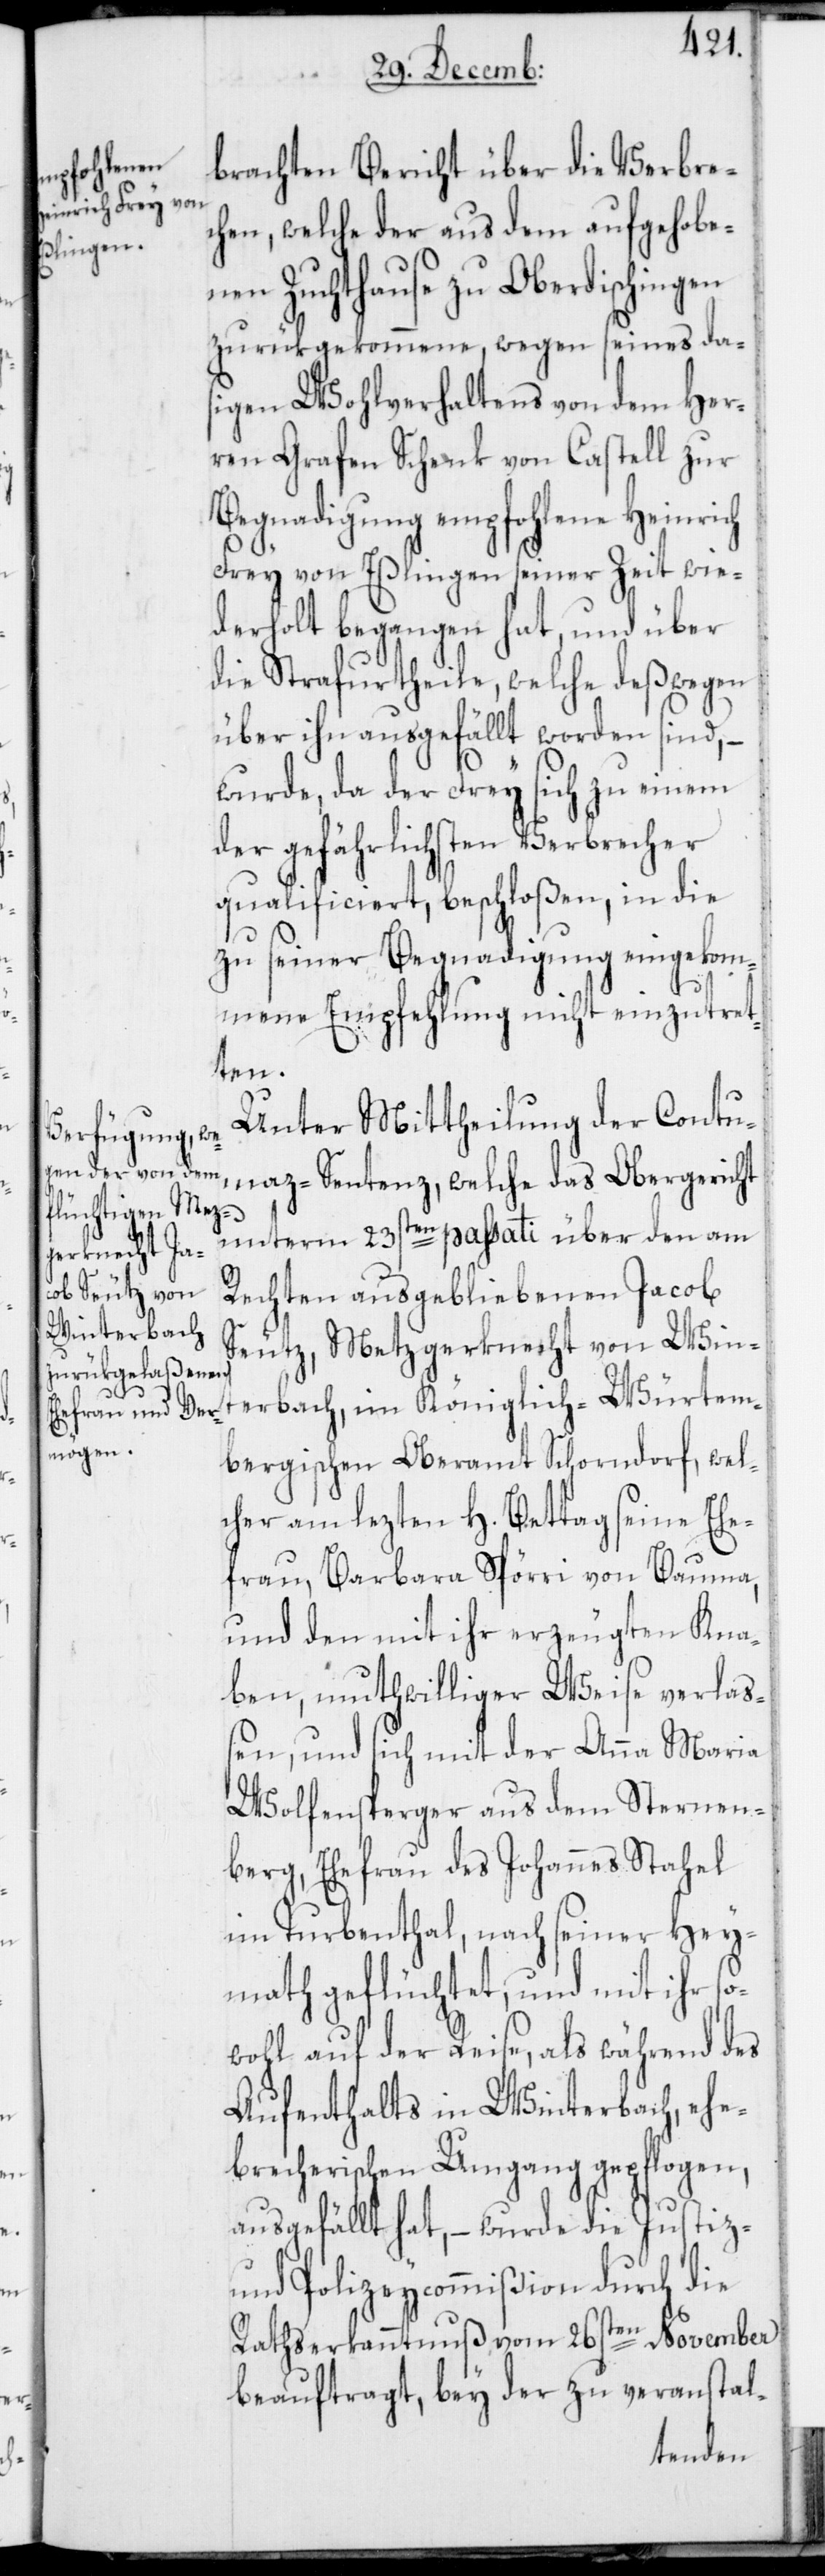
brachten Bericht über die Verbre¬
chen, welche der aus dem aufgehobe¬
nen Zuchthause zu Oberdischingen
zurükgekommene, wegen seines da¬
sigen Wohlverhaltens von dem Her¬
ren Grafen Schenk von Castell zur
Begnadigung empfohlene Heinrich
Frey von Eßlingen seiner Zeit wie¬
derholt begangen hat, und über
die Strafurtheile, welche deßwegen
über ihn ausgefällt worden sind, –
wurde, da der Frey sich zu einem
der gefährlichsten Verbrecher
qualificiert, beschloßen, in die
zu seiner Begnadigung eingekom¬
mene Empfehlung nicht einzutret¬
ten.
Unter Mittheilung der Contu¬
maz-Sentenz, welche das Obergericht
unterm 23sten passati über den am
Rechten ausgebliebenen Jacob
Seutz, Metzgerknecht von Win¬
terbach, im Königlich-Würtem¬
bergischen Oberamt Schorndorf, wel¬
cher am lezten H. Bettag seine Ehe¬
frau, Barbara Spörri von Bauma,
und den mit ihr erzeugten Kna¬
ben, muthwilliger Weise verlaß¬
en, und sich mit der Anna Maria
Wolfensperger aus dem Sternen¬
berg, Ehefrau des Johannes Stahel
im Turbenthal, nach seiner Hey¬
math geflüchtet, und mit ihr so¬
wohl auf der Reise, als während des
Aufenthalts in Winterbach, ehe¬
brecherischen Umgang gepflogen,
ausgefällt hat, – wurde die Justiz-
und Polizeycommißion durch die
Rathserkanntnuß vom 26sten November
beauftragt, bey der zu veranstal-